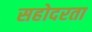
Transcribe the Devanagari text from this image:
सहोदरता